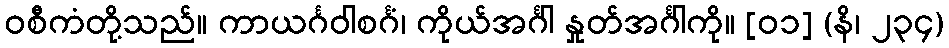
ဝစီကံတို့သည်။ ကာယင်္ဂဝါစင်္ဂံ၊ ကိုယ်အင်္ဂါ နှုတ်အင်္ဂါကို။ [၀၁] (နိ၊ ၂၃၄)